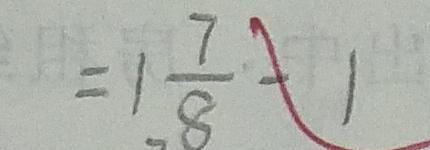
= 1 \frac { 7 } { 8 } - 1